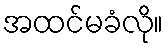
အထင်မခံလို။